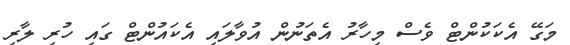
މަގޭ އެކަކުންޓް ވެސް މިހާރު އެތަނުން އުވާލައި އެކައުންޓް ގައި ހުރި ލާރި